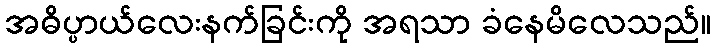
အဓိပ္ပာယ်လေးနက်ခြင်းကို အရသာ ခံနေမိလေသည်။